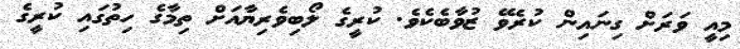
މިއީ ވަރަށް ގިނައިން ކުރެވޭ ޒުވާބެކެވެ. ކުރީގެ ލޯބިވެރިޔާއަށް ތިމާގެ ހިތުގައި ކުރީގެ